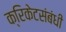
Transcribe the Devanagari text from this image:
क्रिकेटसंबंधी